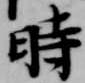
時